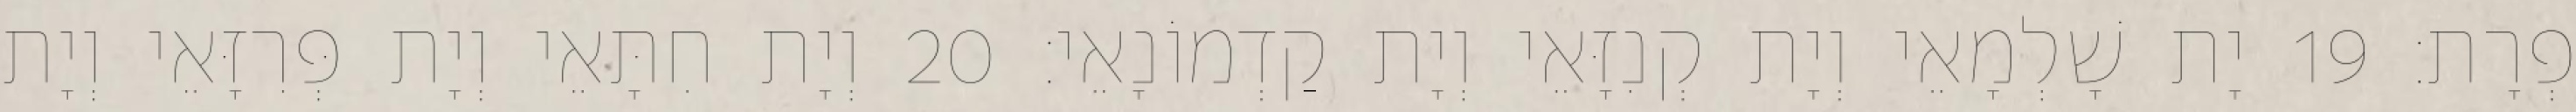
פְרָת׃ 19 יָת שָׁלְמָאֵי וְיָת קְנִזָּאֵי וְיָת קַדְמוֹנָאֵי׃ 20 וְיָת חִתָּאֵי וְיָת פְּרִזָּאֵי וְיָת